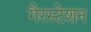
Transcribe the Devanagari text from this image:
गैरस्टेशन